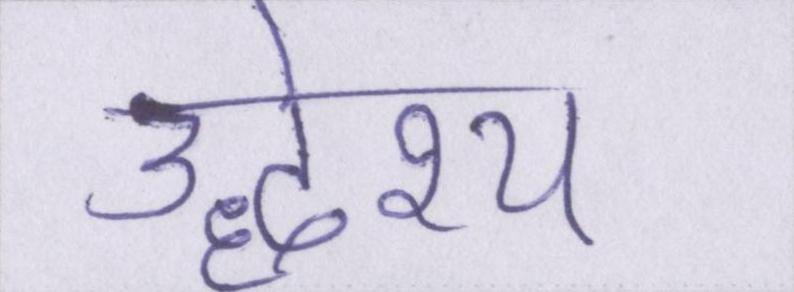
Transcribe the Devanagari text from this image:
उद्धेश्य